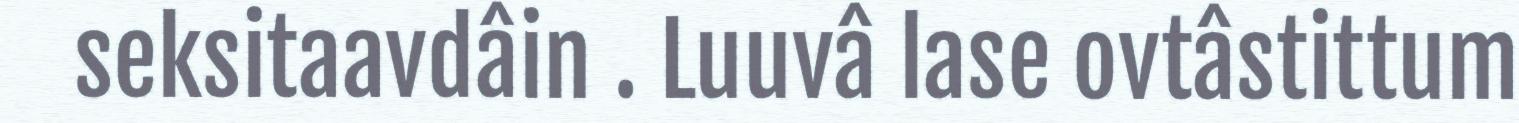
seksitaavdâin . Luuvâ lase ovtâstittum